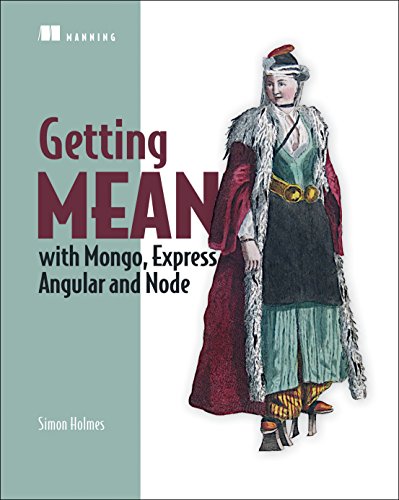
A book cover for Getting MEAN with Mongo, Express, Angular, and Node; Simon Holmes; Computers & Technology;